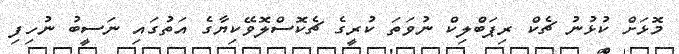
މޮޅަށް ކުޅުނު ޗެކް ރިޕަބްލިކް ނުވަތަ ކުރީގެ ޗެކޮސްލޮވޭކިޔާގެ އަތުގައި ނަސީބު ނުހިފި